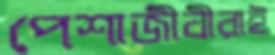
পেশাজীবীরাই